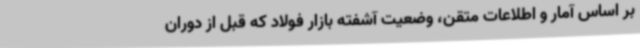
بر اساس آمار و اطلاعات متقن، وضعیت آشفته بازار فولاد که قبل از دوران